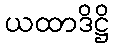
ယထာဒိဋ္ဌိ